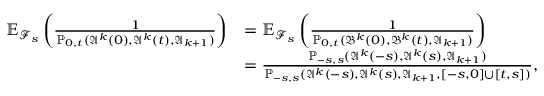
\begin{array} { r l } { \mathbb { E } _ { \mathcal { F } _ { s } } \left( \frac { 1 } { \mathbb { P } _ { 0 , t } ( \mathfrak { A } ^ { k } ( 0 ) , \mathfrak { A } ^ { k } ( t ) , \mathfrak { A } _ { k + 1 } ) } \right) } & { = \mathbb { E } _ { \mathcal { F } _ { s } } \left( \frac { 1 } { \mathbb { P } _ { 0 , t } ( \mathfrak { B } ^ { k } ( 0 ) , \mathfrak { B } ^ { k } ( t ) , \mathfrak { A } _ { k + 1 } ) } \right) } \\ & { = \frac { \mathbb { P } _ { - s , s } ( \mathfrak { A } ^ { k } ( - s ) , \mathfrak { A } ^ { k } ( s ) , \mathfrak { A } _ { k + 1 } ) } { \mathbb { P } _ { - s , s } ( \mathfrak { A } ^ { k } ( - s ) , \mathfrak { A } ^ { k } ( s ) , \mathfrak { A } _ { k + 1 } , [ - s , 0 ] \cup [ t , s ] ) } , } \end{array}